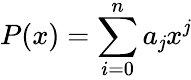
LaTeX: P(x)=\sum\limits_{i=0}^{n}a_{\mathit{j}}x^{\mathit{j}}